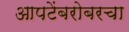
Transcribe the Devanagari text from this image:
आपटेंबरोबरचा